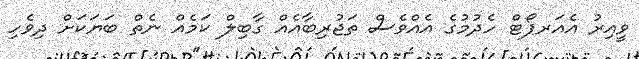
ވީއިރު އެއަރޕޯޓް ހެދުމުގެ އެއްވެސް ތަޖުރިބާއެއް ގާބިލް ކަމެއް ނެތް ބަޔަކަށް ދިވެހި